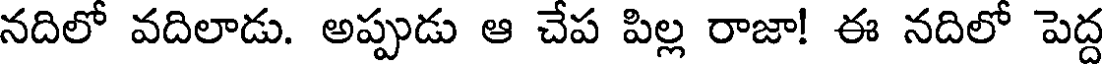
నదిలో వదిలాడు. అప్పుడు ఆ చేప పిల్ల రాజా! ఈ నదిలో పెద్ద